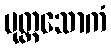
ပုတ္တသောကံ